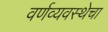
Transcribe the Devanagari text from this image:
वर्णव्यवस्थेचा